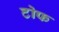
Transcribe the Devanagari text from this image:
टोफ